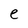
Character: e